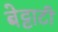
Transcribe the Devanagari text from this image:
बेट्टाटी